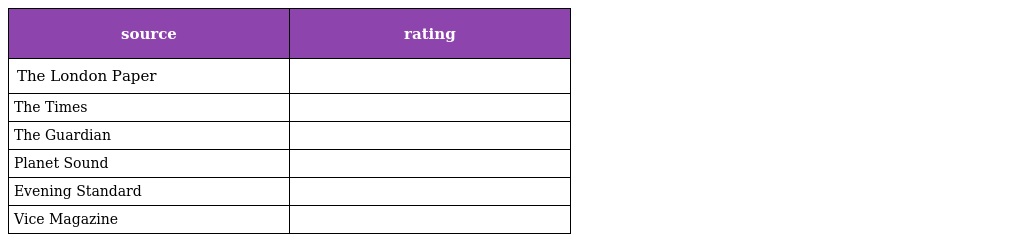
| source | rating |
 | --- | --- |
 | The London Paper |  |
 | The Times |  |
 | The Guardian |  |
 | Planet Sound |  |
 | Evening Standard |  |
 | Vice Magazine |  |